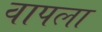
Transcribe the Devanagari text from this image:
वापला